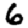
Digit: 6